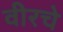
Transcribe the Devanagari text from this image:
वीरचे